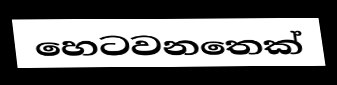
හෙටවනතෙක්